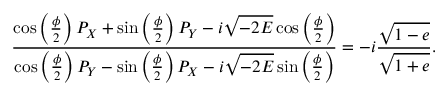
\frac { \cos \left( \frac { \phi } { 2 } \right) P _ { X } + \sin \left( \frac { \phi } { 2 } \right) P _ { Y } - i \sqrt { - 2 E } \cos \left( \frac { \phi } { 2 } \right) } { \cos \left( \frac { \phi } { 2 } \right) P _ { Y } - \sin \left( \frac { \phi } { 2 } \right) P _ { X } - i \sqrt { - 2 E } \sin \left( \frac { \phi } { 2 } \right) } = - i \frac { \sqrt { 1 - e } } { \sqrt { 1 + e } } .